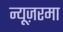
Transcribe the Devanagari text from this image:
न्यूज़रमा